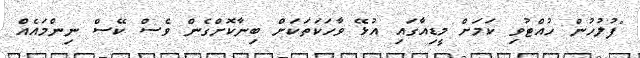
"ފުލުހުން ހުއްޓުވި ކަމަށް މީޑިއާގައި އުޅޭ ވާހަކަތަކަށް ބިނާކޮށްގެން ވެސް ކޭސް ނިންމައެއް